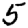
Digit: 5